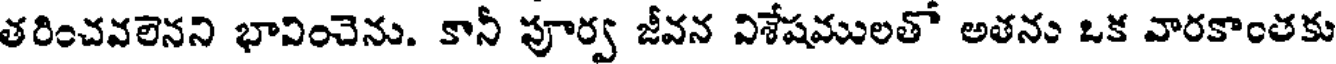
తరించవలెనని భావించెను. కానీ పూర్వ జీవన విశేషములతో అతను ఒక వారకాంతకు